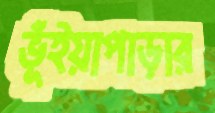
ভূঁইয়াপাড়ার